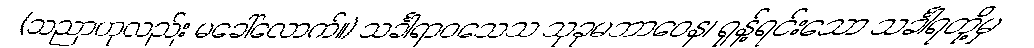
(သညာဟုလည်း မခေါ်လောက်။) သင်္ခါရာဝသေသ သုခုမဘာဝေန၊ ရုန့်ရင်းသော သင်္ခါရတို့မှ